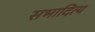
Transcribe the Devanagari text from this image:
सभादित्य